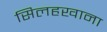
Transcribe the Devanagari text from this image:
सिलहखाना